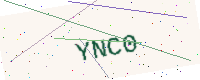
Text: YNC0